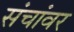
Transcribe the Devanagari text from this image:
संचांवर